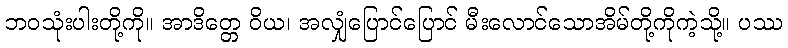
ဘဝသုံးပါးတို့ကို။ အာဒိတ္တေ ဝိယ၊ အလျှံပြောင်ပြောင် မီးလောင်သောအိမ်တို့ကိုကဲ့သို့။ ပဿ